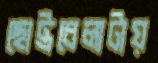
ছোট্টবেলাটায়